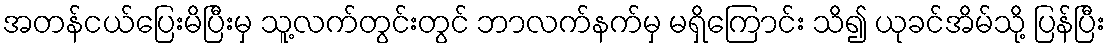
အတန်ငယ်ပြေးမိပြီးမှ သူ့လက်တွင်းတွင် ဘာလက်နက်မှ မရှိကြောင်း သိ၍ ယုခင်အိမ်သို့ ပြန်ပြီး